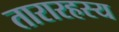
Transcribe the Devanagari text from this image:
तारारहस्य